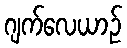
ဂျက်လေယာဉ်